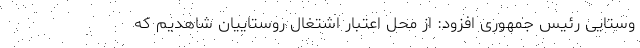
وستایی رئیس جمهوری افزود: از محل اعتبار اشتغال روستاییان شاهدیم که